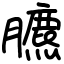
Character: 臕